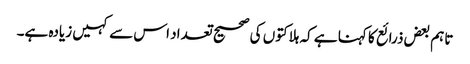
تاہم بعض ذرائع کا کہنا ہے کہ ہلاکتوں کی صحیح تعداد اس سے کہیں زیادہ ہے۔